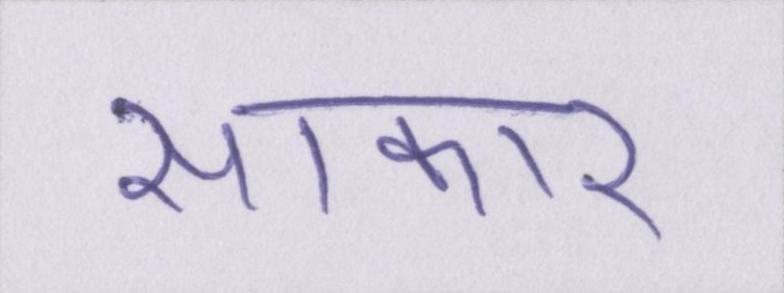
साकार